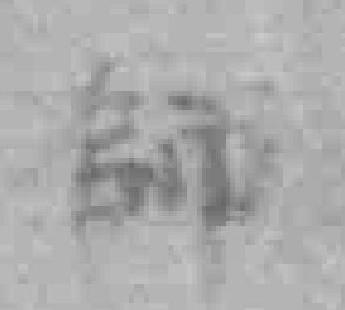
師